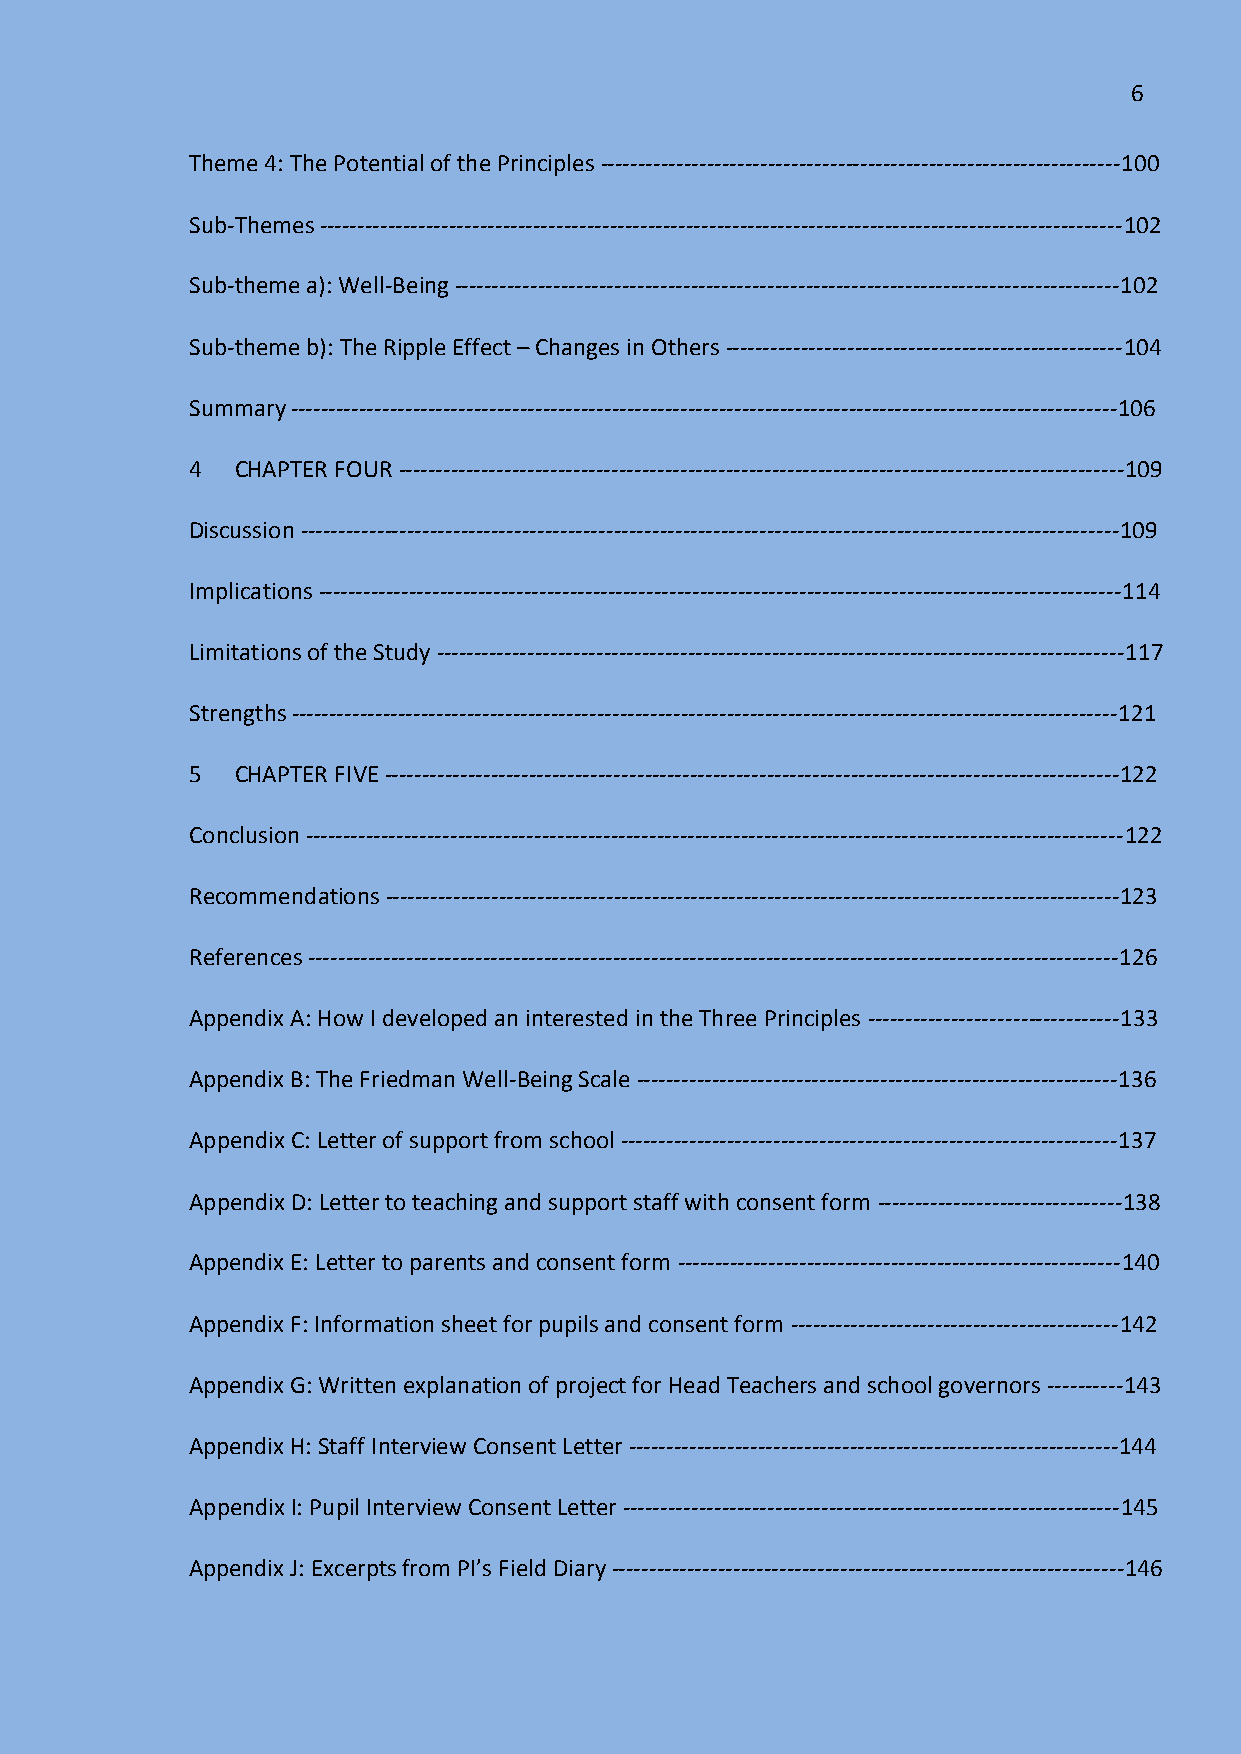
6
 Theme 4: The Potential of the Principles --------------------------------------------------------------------100
 Sub-Themes ---------------------------------------------------------------------------------------------------------102
 Sub-theme a): Well-Being ---------------------------------------------------------------------------------------102
 Sub-theme b): The Ripple Effect – Changes in Others ----------------------------------------------------104
 Summary ------------------------------------------------------------------------------------------------------------106
 4   CHAPTER FOUR -----------------------------------------------------------------------------------------------109
 Discussion -----------------------------------------------------------------------------------------------------------109
 Implications ---------------------------------------------------------------------------------------------------------114
 Limitations of the Study ------------------------------------------------------------------------------------------117
 Strengths ------------------------------------------------------------------------------------------------------------121
 5   CHAPTER FIVE ------------------------------------------------------------------------------------------------122
 Conclusion -----------------------------------------------------------------------------------------------------------122
 Recommendations ------------------------------------------------------------------------------------------------123
 References ----------------------------------------------------------------------------------------------------------126
 Appendix A: How I developed an interested in the Three Principles ---------------------------------133
 Appendix B: The Friedman Well-Being Scale ---------------------------------------------------------------136
 Appendix C: Letter of support from school -----------------------------------------------------------------137
 Appendix D: Letter to teaching and support staff with consent form --------------------------------138
 Appendix E: Letter to parents and consent form ----------------------------------------------------------140
 Appendix F: Information sheet for pupils and consent form -------------------------------------------142
 Appendix G: Written explanation of project for Head Teachers and school governors ----------143
 Appendix H: Staff Interview Consent Letter ----------------------------------------------------------------144
 Appendix I: Pupil Interview Consent Letter -----------------------------------------------------------------145
 Appendix J: Excerpts from PI’s Field Diary -------------------------------------------------------------------146